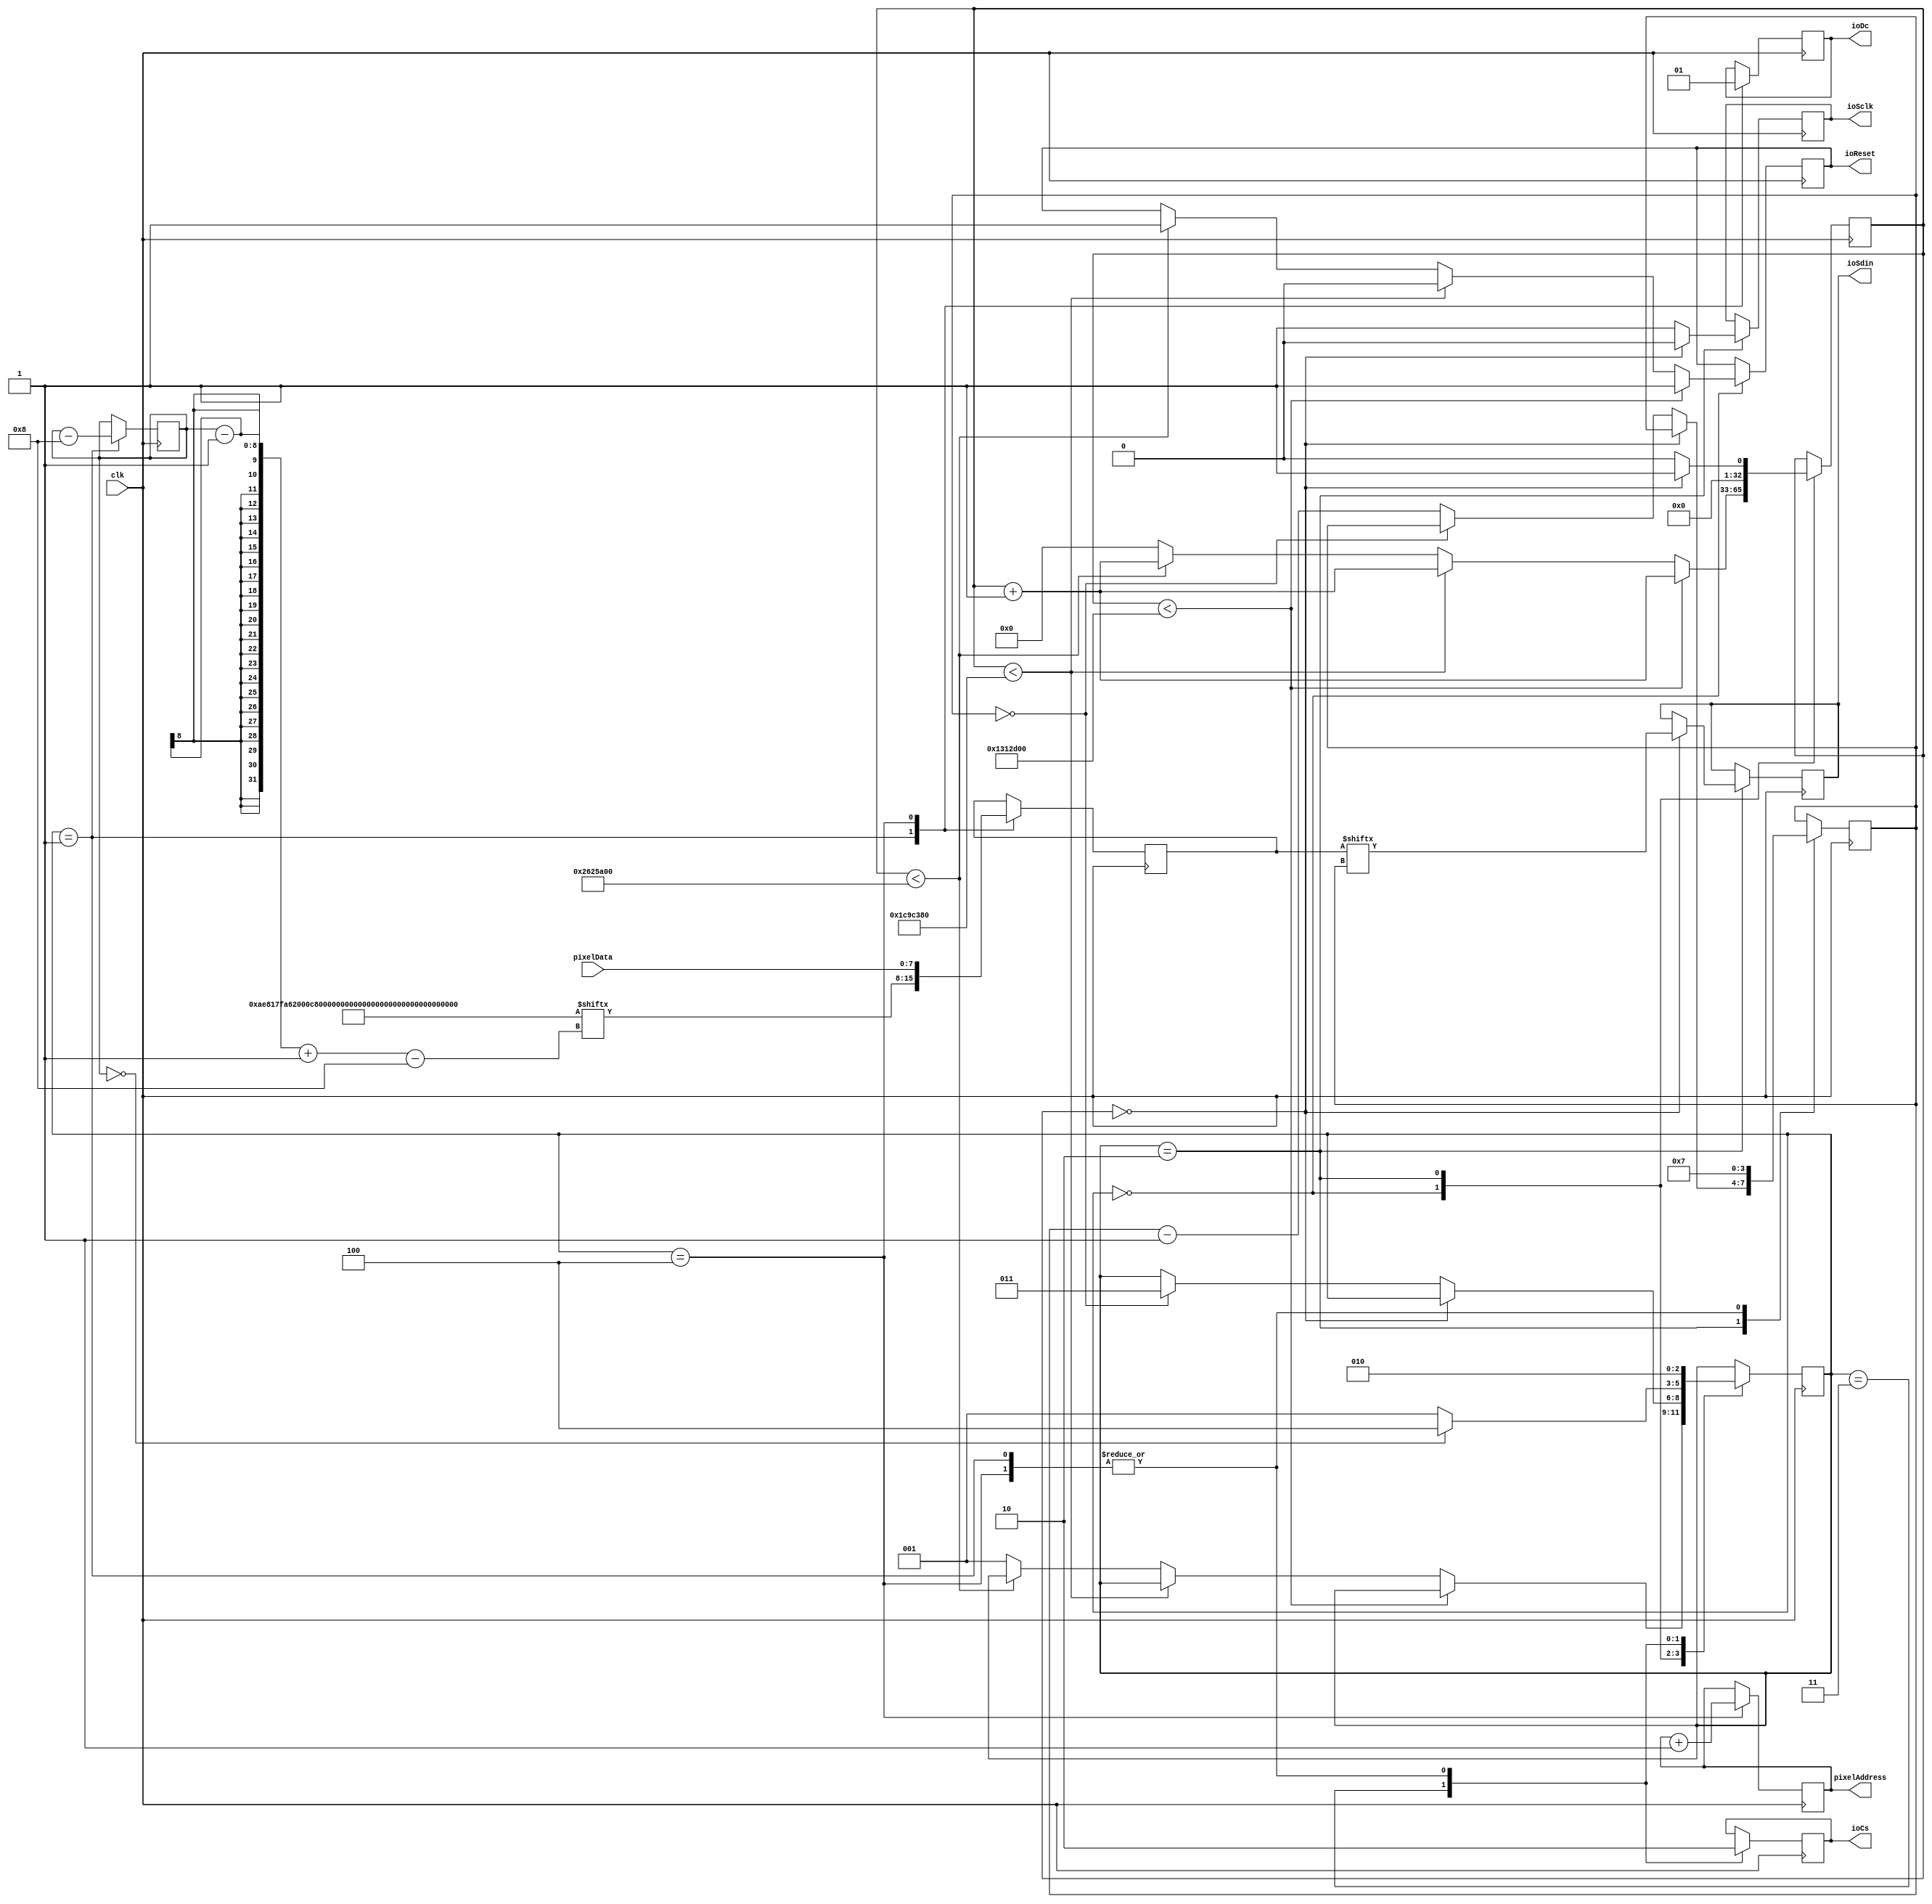
`default_nettype none

module screen
#(
  parameter STARTUP_WAIT = 32'd10000000
)
(
    input clk,
    output ioSclk,
    output ioSdin,
    output ioCs,
    output ioDc,
    output ioReset,
    output [9:0] pixelAddress,
    input [7:0] pixelData
);

  localparam STATE_INIT_POWER = 8'd0;
  localparam STATE_LOAD_INIT_CMD = 8'd1;
  localparam STATE_SEND = 8'd2;
  localparam STATE_CHECK_FINISHED_INIT = 8'd3;
  localparam STATE_LOAD_DATA = 8'd4;

  reg [32:0] counter = 0;
  reg [2:0] state = 0;

  reg dc = 1;
  reg sclk = 1;
  reg sdin = 0;
  reg reset = 1;
  reg cs = 0;

  reg [7:0] dataToSend = 0;
  reg [3:0] bitNumber = 0;  
  reg [9:0] pixelCounter = 0;

  localparam SETUP_INSTRUCTIONS = 23;
  reg [(SETUP_INSTRUCTIONS*8)-1:0] startupCommands = {
    8'hAE,  // display off

    8'h81,  // contast value to 0x7F according to datasheet
    8'h7F,  

    8'hA6,  // normal screen mode (not inverted)

    8'h20,  // horizontal addressing mode
    8'h00,  

    8'hC8,  // normal scan direction

    8'h40,  // first line to start scanning from

    8'hA1,  // address 0 is segment 0

    8'hA8,  // mux ratio
    8'h3f,  // 63 (64 -1)

    8'hD3,  // display offset
    8'h00,  // no offset

    8'hD5,  // clock divide ratio
    8'h80,  // set to default ratio/osc frequency

    8'hD9,  // set precharge
    8'h22,  // switch precharge to 0x22 default

    8'hDB,  // vcom deselect level
    8'h20,  //  0x20 

    8'h8D,  // charge pump config
    8'h14,  // enable charge pump

    8'hA4,  // resume RAM content

    8'hAF   // display on
  };
  reg [7:0] commandIndex = SETUP_INSTRUCTIONS * 8;

  assign ioSclk = sclk;
  assign ioSdin = sdin;
  assign ioDc = dc;
  assign ioReset = reset;
  assign ioCs = cs;

  assign pixelAddress = pixelCounter;

  always @(posedge clk) begin
    case (state)
      STATE_INIT_POWER: begin
        counter <= counter + 1;
        if (counter < STARTUP_WAIT*2)
          reset <= 1;
        else if (counter < STARTUP_WAIT * 3)
          reset <= 0;
        else if (counter < STARTUP_WAIT * 4)
          reset <= 1;
        else begin
          state <= STATE_LOAD_INIT_CMD;
          counter <= 32'b0;
        end
      end
      STATE_LOAD_INIT_CMD: begin
        dc <= 0;
        dataToSend <= startupCommands[(commandIndex-1)-:8'd8];
        state <= STATE_SEND;
        bitNumber <= 3'd7;
        cs <= 0;
        commandIndex <= commandIndex - 8'd8;
      end
      STATE_SEND: begin
        if (counter == 32'd0) begin
          sclk <= 0;
          sdin <= dataToSend[bitNumber];
          counter <= 32'd1;
        end
        else begin
          counter <= 32'd0;
          sclk <= 1;
          if (bitNumber == 0)
            state <= STATE_CHECK_FINISHED_INIT;
          else
            bitNumber <= bitNumber - 1;
        end
      end
      STATE_CHECK_FINISHED_INIT: begin
          cs <= 1;
          if (commandIndex == 0) begin
            state <= STATE_LOAD_DATA; 
          end
          else
            state <= STATE_LOAD_INIT_CMD; 
      end
      STATE_LOAD_DATA: begin
        pixelCounter <= pixelCounter + 1;
        cs <= 0;
        dc <= 1;
        bitNumber <= 3'd7;
        state <= STATE_SEND;
        dataToSend <= pixelData;
      end
    endcase
  end
endmodule